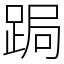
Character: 跼